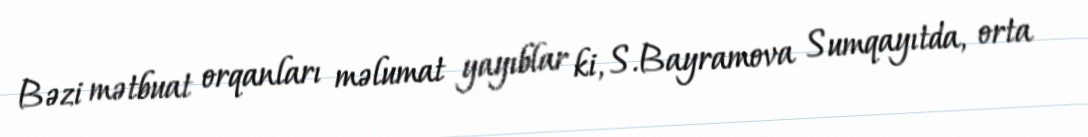
Bəzi mətbuat orqanları məlumat yayıblar ki, S.Bayramova Sumqayıtda, orta